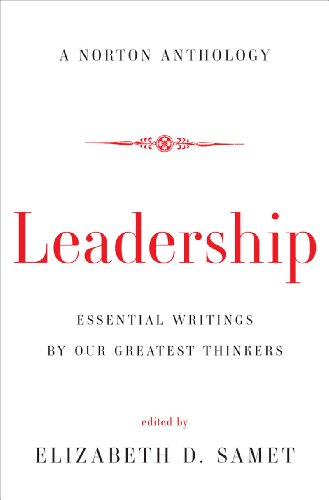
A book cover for Leadership: Essential Writings by Our Greatest Thinkers (Norton Anthology); Politics & Social Sciences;